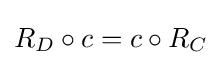
R_{D}\circ c=c\circ R_{C}